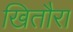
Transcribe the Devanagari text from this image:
खितौरा